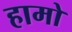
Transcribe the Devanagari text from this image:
हामो